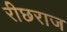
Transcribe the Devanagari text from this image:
रीछराज